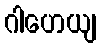
ဂါဟေယျ